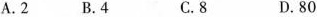
A.2 B.4 C.8 D.80